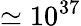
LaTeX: \simeq 10^{37}